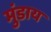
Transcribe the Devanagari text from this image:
मुंडाय